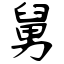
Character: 舅